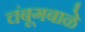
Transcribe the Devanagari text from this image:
चंबूगबाळे